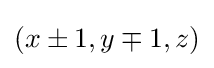
\textstyle (x\pm 1,y\mp 1,z)